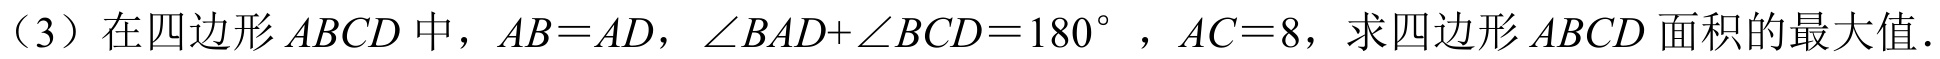
（3）在四边形 \(ABCD\) 中，\(AB = AD\)，\(\angle BAD+\angle BCD = 180^{\circ}\)，\(AC = 8\)，求四边形 \(ABCD\) 面积的最大值.